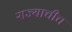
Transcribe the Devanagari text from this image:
राज्याचीच